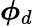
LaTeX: \boldsymbol{\phi}_{d}